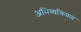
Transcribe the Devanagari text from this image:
अभिव्यक्तिप्राप्त